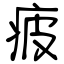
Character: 疲